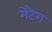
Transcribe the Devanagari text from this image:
मेटैग